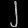
Digit: ၂